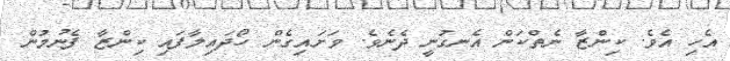
އެހި އެވެ. ކިންޒާ ނެތްކަން އެނގުނީ ދެނެވެ. ވަށައިގެން ހޯދައިލާފައި ކިންޒާ ފެނުމުން